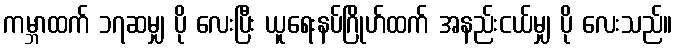
ကမ္ဘာထက် ၁၇ဆမျှ ပို လေးပြီး ယူရေးနပ်ဂြိုဟ်ထက် အနည်းငယ်မျှ ပို လေးသည်။